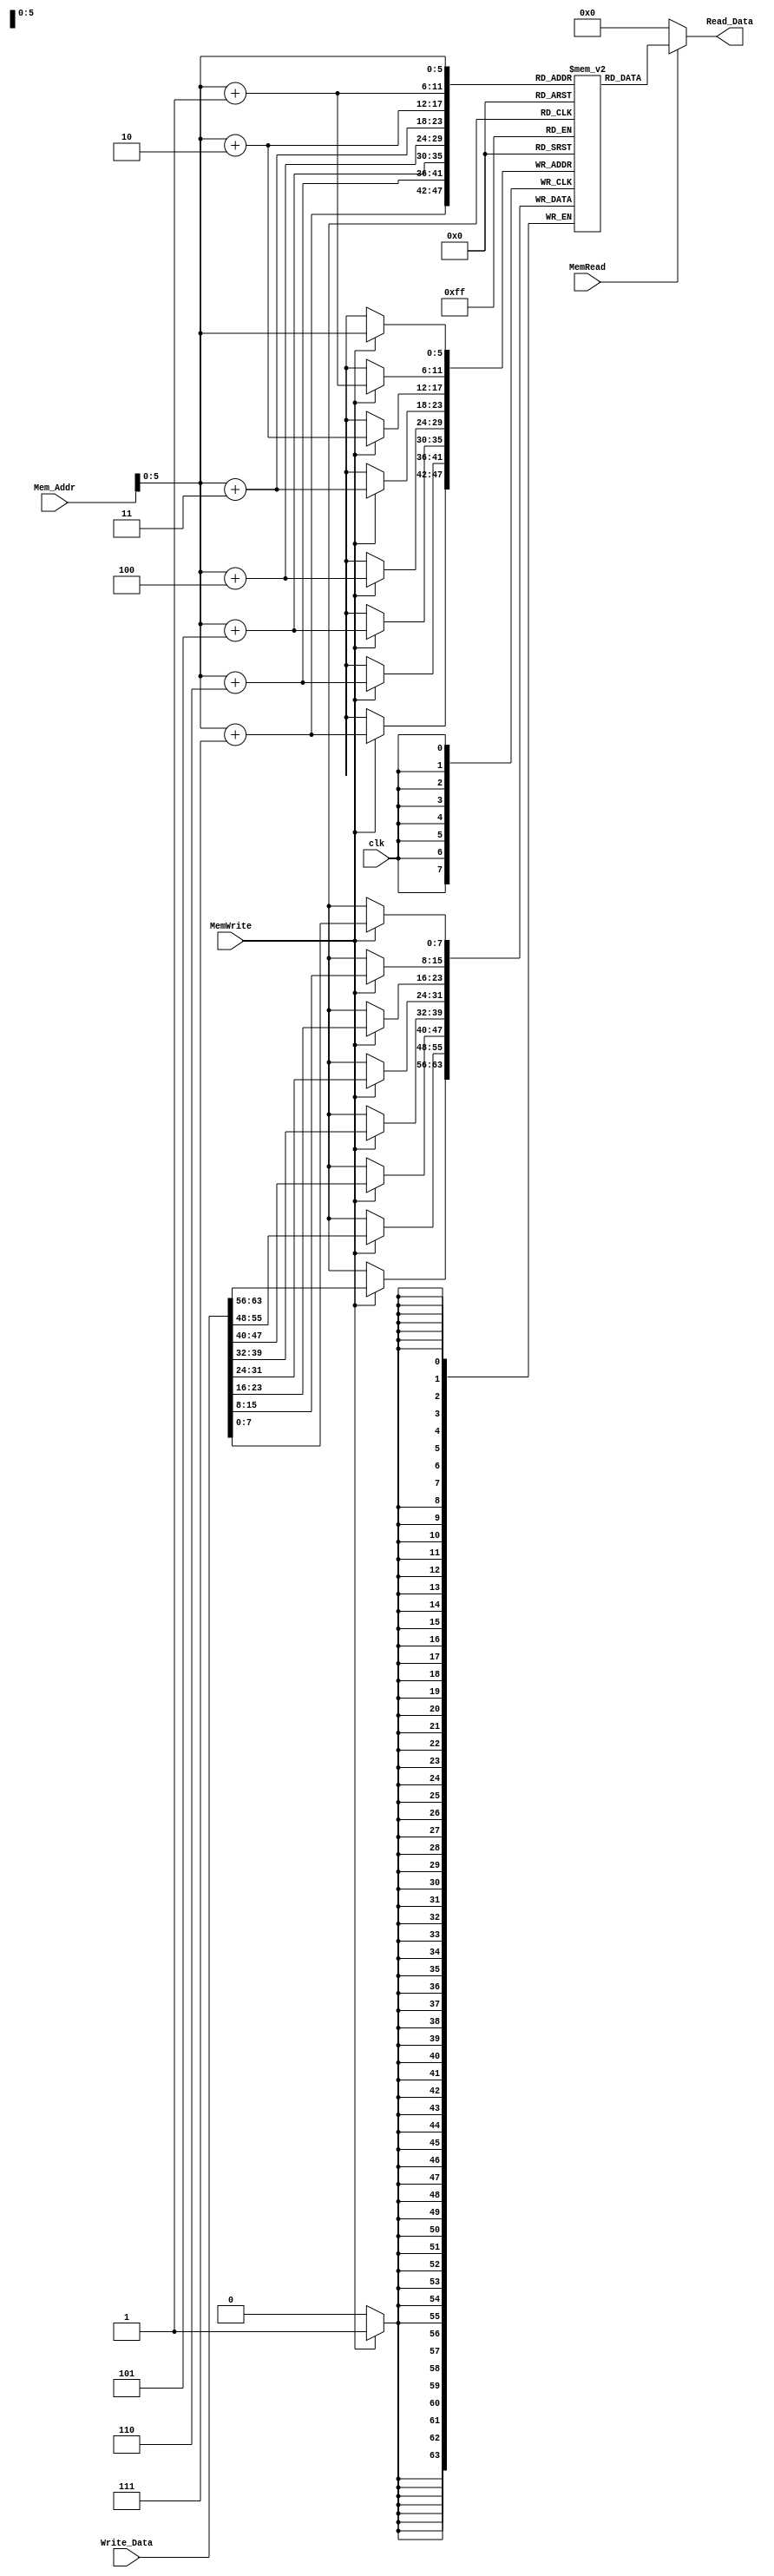
module Data_Memory
(
	input[63:0] Mem_Addr, Write_Data,
	input clk, MemRead, MemWrite,
	output reg[63:0] Read_Data

);


	reg [7:0] data [63:0];
	
	initial
	begin
		data[0] = 8'd120;
		data[1] = 8'd0;
		data[2] = 8'd0;
		data[3] = 8'd0;
		data[4] = 8'd0;
		data[5] = 8'd0;
		data[6] = 8'd0;
		data[7] = 8'd0;
		
		data[8] = 8'd100;
		data[9] = 8'd0;
		data[10] = 8'd0;
		data[11] = 8'd0;
		data[12] = 8'd0;
		data[13] = 8'd0;
		data[14] = 8'd0;
		data[15] = 8'd0;
		
		data[16] = 8'd34;
		data[17] = 8'd0;
		data[18] = 8'd0;
		data[19] = 8'd0;
		data[20] = 8'd0;
		data[21] = 8'd0;
		data[22] = 8'd0;
		data[23] = 8'd0;
		
		data[24] = 8'd20;
		data[25] = 8'd0;
		data[26] = 8'd0;
		data[27] = 8'd0;
		data[28] = 8'd0;
		data[29] = 8'd0;
		data[30] = 8'd0;
		data[31] = 8'd0;
		
		data[32] = 8'd2;
		data[33] = 8'd0;
		data[34] = 8'd0;
		data[35] = 8'd0;
		data[36] = 8'd0;
		data[37] = 8'd0;
		data[38] = 8'd0;
		data[39] = 8'd0;
		
		data[40] = 8'd76;
		data[41] = 8'd0;
		data[42] = 8'd0;
		data[43] = 8'd0;
		data[44] = 8'd0;
		data[45] = 8'd0;
		data[46] = 8'd0;
		data[47] = 8'd0;
		
		data[48] = 8'd23;
		data[49] = 8'd0;
		data[50] = 8'd0;
		data[51] = 8'd0;
		data[52] = 8'd0;
		data[53] = 8'd0;
		data[54] = 8'd0;
		data[55] = 8'd0;
		
		data[56] = 8'd0;
		data[57] = 8'd0;
		data[58] = 8'd0;
		data[59] = 8'd0;
		data[60] = 8'd0;
		data[61] = 8'd0;
		data[62] = 8'd0;
		data[63] = 8'd0;
	end
	
	always @ (posedge clk)
	begin
		if (MemWrite)
		begin
			data[Mem_Addr] = Write_Data[7:0];
			data[Mem_Addr+1] = Write_Data[15:8];
			data[Mem_Addr+2] = Write_Data[23:16];
			data[Mem_Addr+3] = Write_Data[31:24];
			data[Mem_Addr+4] = Write_Data[39:32];
			data[Mem_Addr+5] = Write_Data[47:40];
			data[Mem_Addr+6] = Write_Data[55:48];
			data[Mem_Addr+7] = Write_Data[63:56];
		end
	end
	
	always @(Mem_Addr or MemRead)
	begin
		if (MemRead)
		begin
			Read_Data = {data[Mem_Addr+7], 
			             data[Mem_Addr+6], 
						 data[Mem_Addr+5], 
						 data[Mem_Addr+4], 
			             data[Mem_Addr+3], 
						 data[Mem_Addr+2], 
						 data[Mem_Addr+1], 
						 data[Mem_Addr]};
		end
		else
			Read_Data = 64'd0;
	end
endmodule